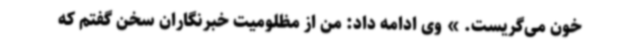
خون می‌گریست. » وی ادامه داد: من از مظلومیت خبرنگاران سخن گفتم که